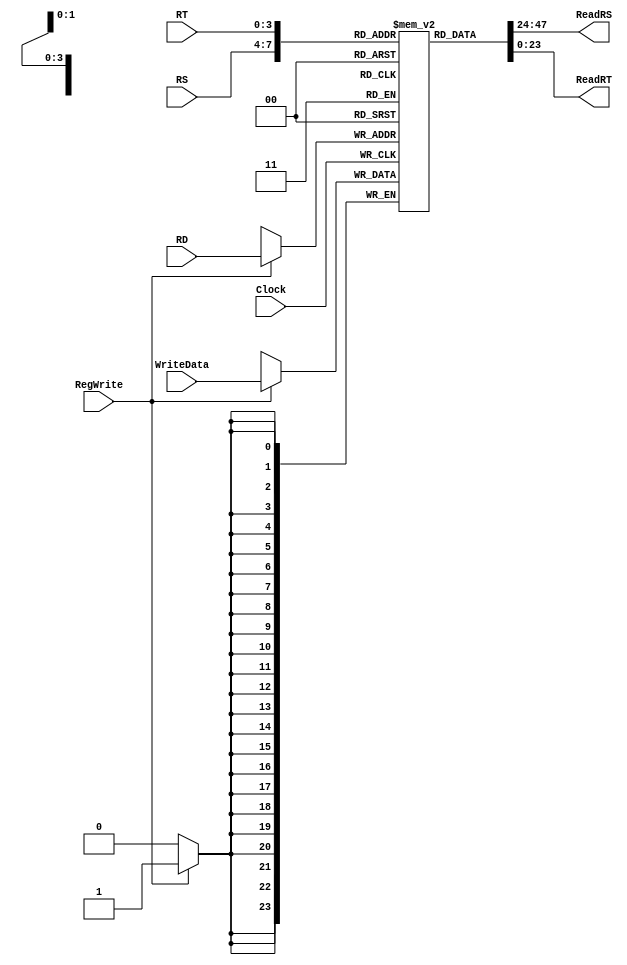
`timescale 1ns / 1ps


module RegisterFile (
	input wire[3:0] RS,
	input wire[3:0] RT,
	input wire[3:0] RD,
	input wire [23:0] WriteData,
	input RegWrite,
	input Clock,
	output [23:0] ReadRS,
	output [23:0] ReadRT
);

reg[23:0] Register[15:0];

// Name all registers
assign zero  = Register[4'b0000];
assign r1	 = Register[4'b0001];
assign r2	 = Register[4'b0010];
assign r3	 = Register[4'b0011];
assign r4	 = Register[4'b0100];
assign r5	 = Register[4'b0101];
assign r6	 = Register[4'b0110];
assign r7	 = Register[4'b0111];
assign r8	 = Register[4'b1000];
assign r9	 = Register[4'b1001];
assign r10	 = Register[4'b1010];
assign r11	 = Register[4'b1011];
assign r12	 = Register[4'b1100];
assign r13	 = Register[4'b1101];
assign r14	 = Register[4'b1110];
assign r15	 = Register[4'b1111];

// Special register for multiply function
reg[47:0] MULREG;


always @ (posedge Clock)
begin
	if(RegWrite)
	begin
		Register[RD] <= WriteData;
	end
end

assign ReadRS = Register[RS]; 
assign ReadRT = Register[RT]; 


endmodule